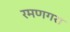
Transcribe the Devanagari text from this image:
रमणगरा